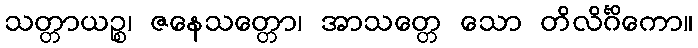
သတ္တာယဉ္စ၊ ဇနေသတ္တော၊ အာသတ္တေ သော တိလိင်္ဂိကော။